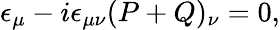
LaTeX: \epsilon_{\mu}-i\epsilon_{\mu\nu}(P+Q)_{\nu}=0,